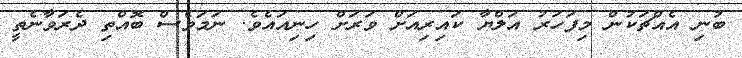
ބުނި އެއްޗަކުން މިފަހަރު އަލްޔާ ކައިރިއަށް ވަރަށް ހިނިއައެވެ. ނަމަވެސް ބޮއްތި ދެރަވާނެތީ